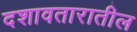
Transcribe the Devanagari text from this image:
दशावतारातील